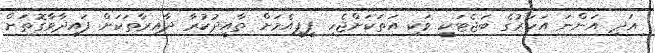
އަދި އަންނަ އަހަރުގެ ބަޖެޓަކީ ވަކި އަތަކަށްޖެހި ޕީޕީއެމަށް ތާއީދުކުރާ ދާއިރާތަކަށް ފައިދާވާގޮތަށް